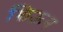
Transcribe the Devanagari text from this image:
शिऊन